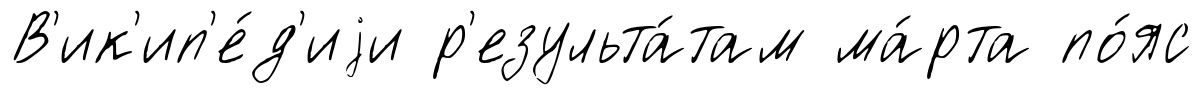
В'ик'ип'е́д'иjи р'езульта́там ма́рта по́яс